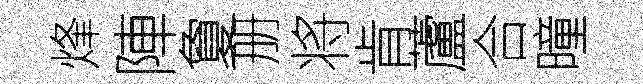
烽陣夐册将肯蘆合曈